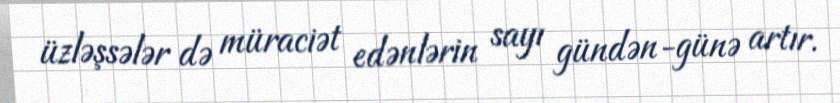
üzləşsələr də müraciət edənlərin sayı gündən-günə artır.